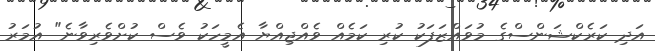
އަދި ކަރެކްޝަންސްގެ މުވައްޒަފަކު ކުރި ކަމެއް ވެއްޖިއްޔާ އެމީހަކު ވެސް ކުށްވެރިވާނެ" އުމަރު